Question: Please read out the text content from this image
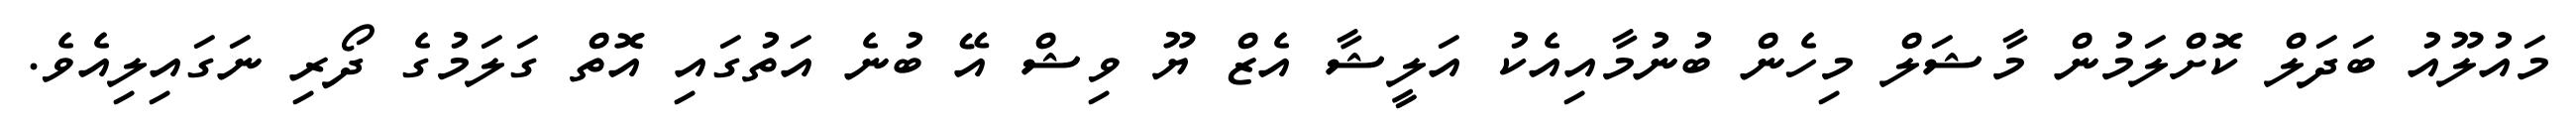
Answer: މައުލޫއު ބަދަލް ކޮށްލަމުން މާޝަލް މިހެން ބުނުމާއިއެކު އަލީޝާ އެޒް ޔޫ ވިޝް އޭ ބުނެ އަތުގައި އޮތް ގަލަމުގެ ދޯރި ނަގައިލިއެވެ.